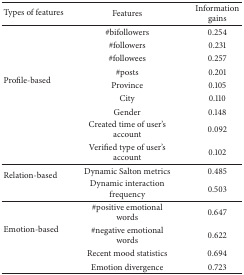
<table><thead><tr><td><b>Types of features</b></td><td><b>Features</b></td><td><b>Information gains</b></td></tr></thead><tbody><tr><td rowspan="9">Profile-based</td><td>#bifollowers</td><td>0.254</td></tr><tr><td>#followers</td><td>0.231</td></tr><tr><td>#followees</td><td>0.257</td></tr><tr><td>#posts</td><td>0.201</td></tr><tr><td>Province</td><td>0.105</td></tr><tr><td>City</td><td>0.110</td></tr><tr><td>Gender</td><td>0.148</td></tr><tr><td>Created time of user&#x27;s account</td><td>0.092</td></tr><tr><td>Verified type of user&#x27;s account</td><td>0.102</td></tr><tr><td rowspan="2">Relation-based</td><td>Dynamic Salton metrics</td><td>0.485</td></tr><tr><td>Dynamic interaction frequency</td><td>0.503</td></tr><tr><td rowspan="4">Emotion-based</td><td>#positive emotional words</td><td>0.647</td></tr><tr><td>#negative emotional words</td><td>0.622</td></tr><tr><td>Recent mood statistics</td><td>0.694</td></tr><tr><td>Emotion divergence</td><td>0.723</td></tr></tbody></table>